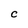
Character: C